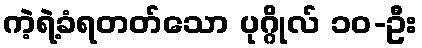
ကဲ့ရဲ့ခံရတတ်သော ပုဂ္ဂိုလ် ၁၀-ဦး